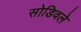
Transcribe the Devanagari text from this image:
सोडिवले